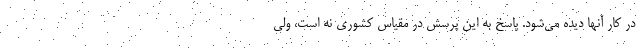
در کار آنها دیده می‌شود. پاسخ به این پرسش در مقیاس کشوری نه است، ولی